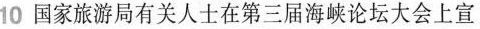
10国家旅游局有关人士在第三届海峡论坛大会上宣